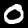
Label: 0